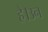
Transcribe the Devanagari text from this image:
है।उन